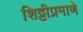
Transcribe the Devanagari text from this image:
शिट्टीप्रमाणे